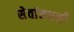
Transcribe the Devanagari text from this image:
सेवांमधली